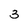
Character: 3